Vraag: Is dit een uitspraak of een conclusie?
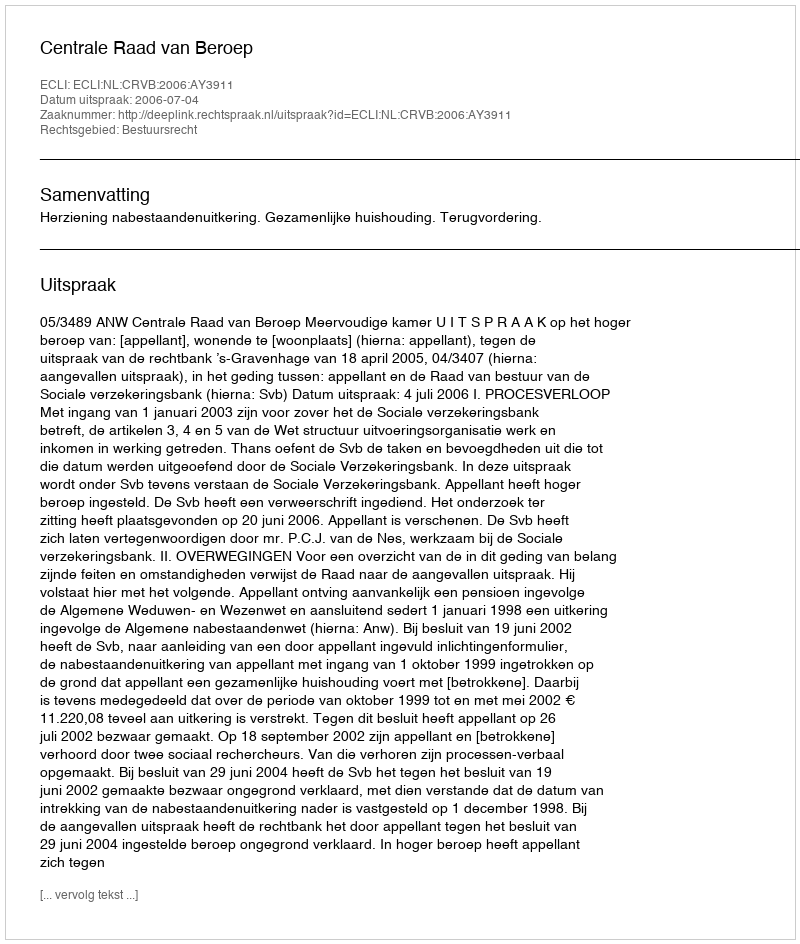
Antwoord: Uitspraak